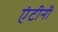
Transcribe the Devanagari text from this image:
एंटीनी